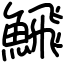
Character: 𩹉